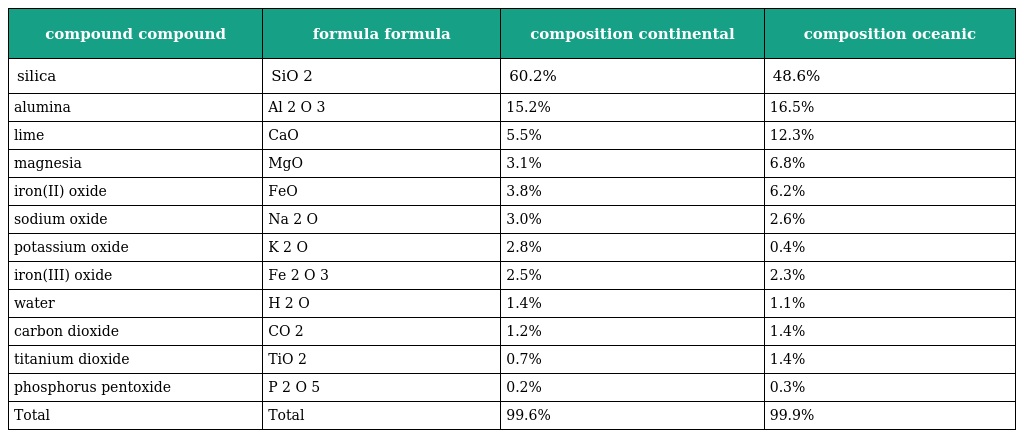
| compound compound | formula formula | composition continental | composition oceanic |
 | --- | --- | --- | --- |
 | silica | SiO 2 | 60.2% | 48.6% |
 | alumina | Al 2 O 3 | 15.2% | 16.5% |
 | lime | CaO | 5.5% | 12.3% |
 | magnesia | MgO | 3.1% | 6.8% |
 | iron(II) oxide | FeO | 3.8% | 6.2% |
 | sodium oxide | Na 2 O | 3.0% | 2.6% |
 | potassium oxide | K 2 O | 2.8% | 0.4% |
 | iron(III) oxide | Fe 2 O 3 | 2.5% | 2.3% |
 | water | H 2 O | 1.4% | 1.1% |
 | carbon dioxide | CO 2 | 1.2% | 1.4% |
 | titanium dioxide | TiO 2 | 0.7% | 1.4% |
 | phosphorus pentoxide | P 2 O 5 | 0.2% | 0.3% |
 | Total | Total | 99.6% | 99.9% |